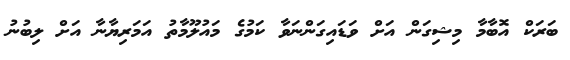
ބަރަކް އޮބާމާ މިޝިގަން އަށް ވަޑައިގަންނަވާ ކަމުގެ މައުލޫމާތު އަމަރިޔާނާ އަށް ލިބުނު